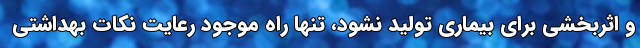
و اثربخشی برای بیماری تولید نشود، تنها راه موجود رعایت نکات بهداشتی